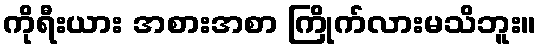
ကိုရီးယား အစားအစာ ကြိုက်လားမသိဘူး။